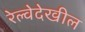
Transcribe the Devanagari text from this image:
रेल्वेदेखील